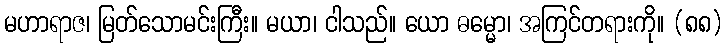
မဟာရာဇ၊ မြတ်သောမင်းကြီး။ မယာ၊ ငါသည်။ ယော ဓမ္မော၊ အကြင်တရားကို။ (၈၈)